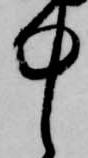
中